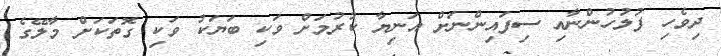
ދިވެހި ފުލުހުންނާއި ސިފައިންނަށް އަނިޔާ ކުރުމަށް ވަކި ބަޔަކު ވަކި ގޮތަކަށް މާލޭގެ